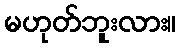
မဟုတ်ဘူးလား။